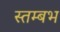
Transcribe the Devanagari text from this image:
स्तम्बभ